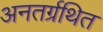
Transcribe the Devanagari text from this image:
अनतर्ग्रथित